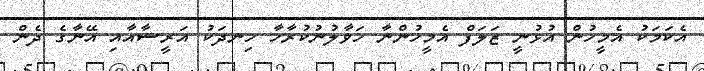
އެކަމަކު އެމީހުން އުޅުނީ ޒަލަފް އެމީހުންނާ ހަވާލުނުކުރާހާ ހިނދަކު އަރީޝާއާއި އޭނާގެ ދެން